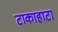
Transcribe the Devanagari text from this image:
टाकाहाटा